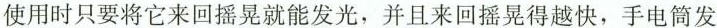
使用时只要将它来回摇晃就能发光，并且来回摇晃得越快，手电筒发